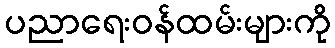
ပညာရေးဝန်ထမ်းများကို